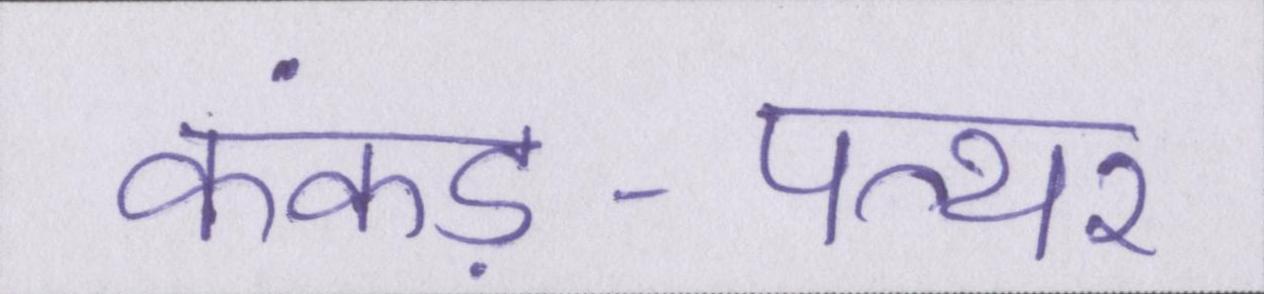
कंकड़-पत्थर